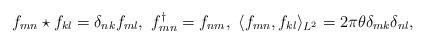
LaTeX: \begin{align*}f_{mn}\star f_{kl}=\delta_{nk}f_{ml},\ f_{mn}^\dag=f_{nm},\ \langle f_{mn},f_{kl} \rangle_{L^2}=2\pi\theta\delta_{mk}\delta_{nl},\end{align*}